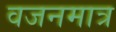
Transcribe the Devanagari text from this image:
वजनमात्र